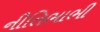
નીતિભાભી